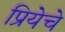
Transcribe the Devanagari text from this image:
प्रियेचे